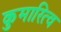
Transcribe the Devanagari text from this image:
कुमारित्व